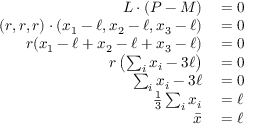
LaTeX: \begin{array} { r l } { L \cdot ( P - M ) } & { { } = 0 } \\ { ( r , r , r ) \cdot ( x _ { 1 } - \ell , x _ { 2 } - \ell , x _ { 3 } - \ell ) } & { { } = 0 } \\ { r ( x _ { 1 } - \ell + x _ { 2 } - \ell + x _ { 3 } - \ell ) } & { { } = 0 } \\ { r \left( \sum _ { i } x _ { i } - 3 \ell \right) } & { { } = 0 } \\ { \sum _ { i } x _ { i } - 3 \ell } & { { } = 0 } \\ { { \frac { 1 } { 3 } } \sum _ { i } x _ { i } } & { { } = \ell } \\ { { \bar { x } } } & { { } = \ell } \end{array}